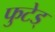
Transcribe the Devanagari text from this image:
फुटेड्